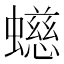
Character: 䗹